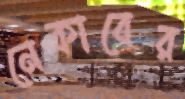
নেকাবের